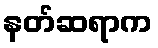
နတ်ဆရာက